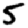
Digit: 5